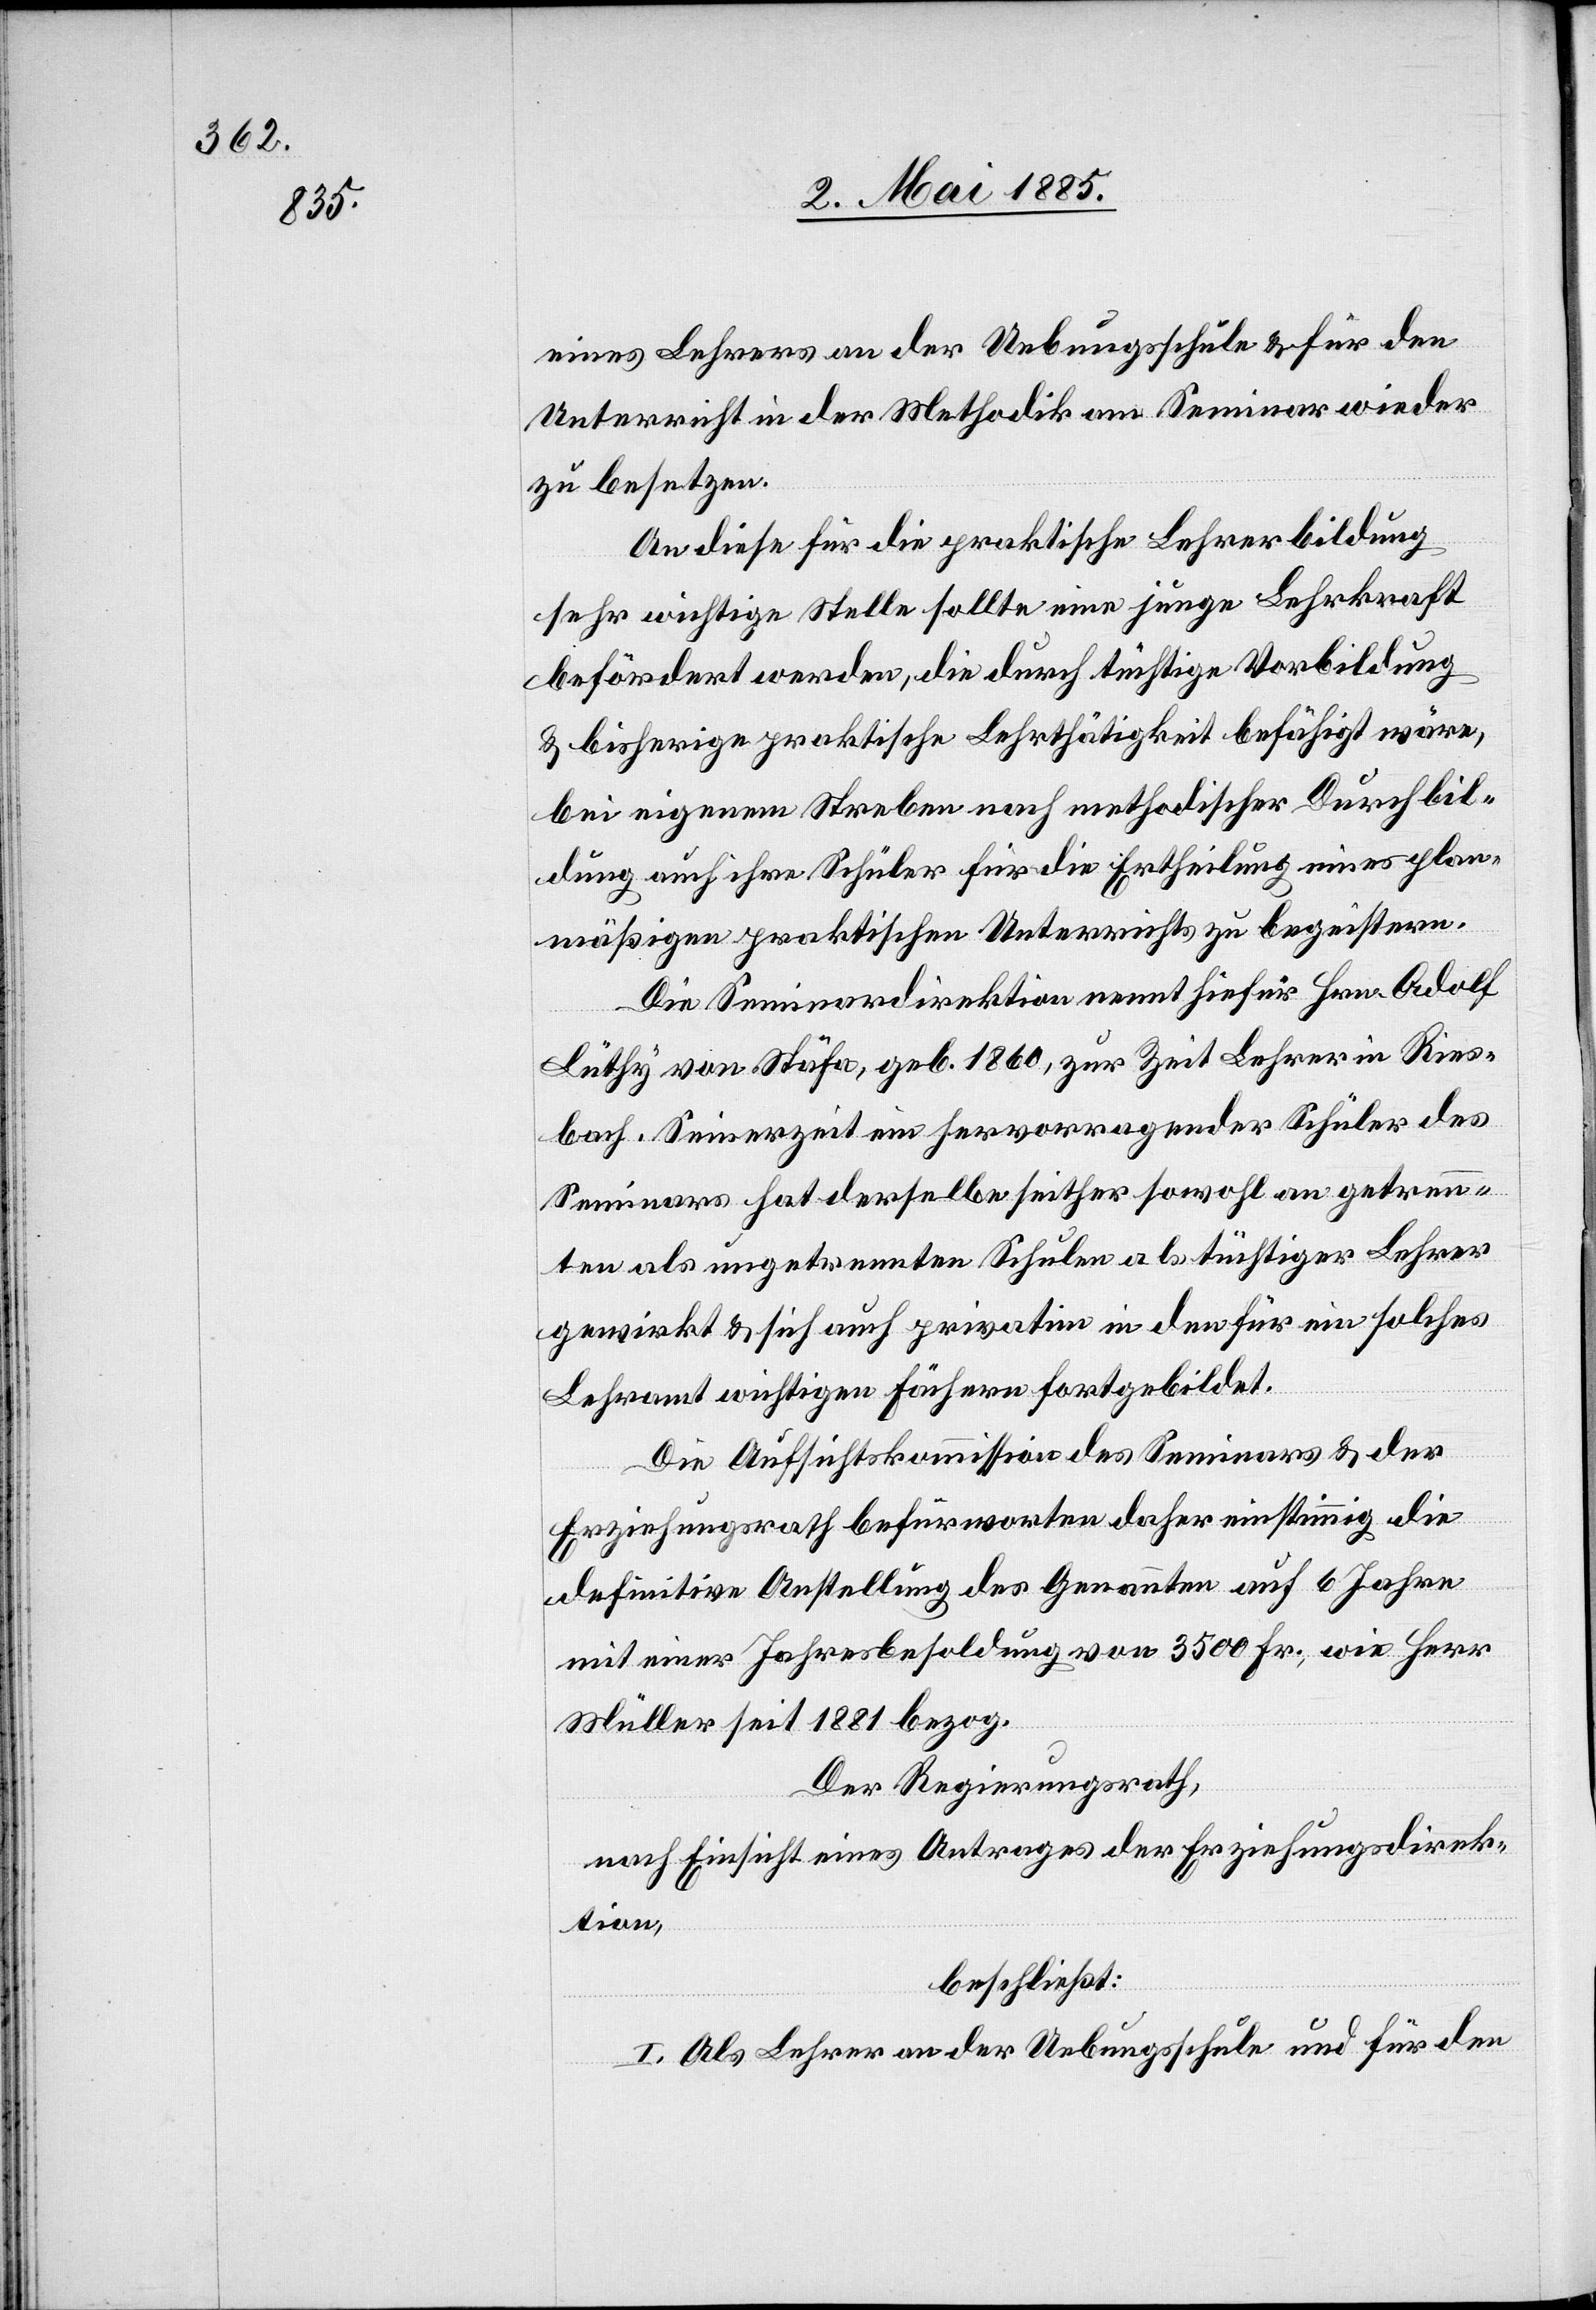
eines Lehrers an der Uebungsschule & für den
Unterricht in der Methodik am Seminar wieder
zu besetzen.
An diese für die praktische Lehrerbildung
sehr wichtige Stelle sollte eine junge Lehrkraft
befördert werden, die durch tüchtige Vorbildung
& bisherige praktische Lehrtätigkeit befähigt wäre,
bei eigenem Streben nach methodischer Durchbil¬
dung auch ihre Schüler für die Ertheilung eines plan¬
mäßigen praktischen Unterrichtes zu begeistern.
Die Seminardirektion nennt hiefür Hrn. Adolf
Lüthy von Stäfa, geb. 1860, zur Zeit Lehrer in Ries¬
bach. Seinerzeit ein hervorragender Schüler des
Seminars hat derselbe seither sowohl an getrenn¬
ten als ungetrennten Schulen als tüchtiger Lehrer
gewirkt & sich auch privat [? im] in den für ein solches
Lehramt wichtigen Höhern fortgebildet.
Die Aufsichtskommission des Seminars & der
Erziehungsrath befürworten daher einstimmig die
definitive Anstellung des Genannten auf 6 Jahre
mit einer Jahresbesoldung von 3500 Fr., wie Herr
Müller seit 1881 bezog.
Der Regierungsrath,
nach Einsicht eines Antrages der Erziehungsdirek¬
tion,
beschließt:
I. Als Lehrer an der Uebungsschule und für den